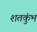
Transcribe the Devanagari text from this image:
शतकुंभ